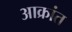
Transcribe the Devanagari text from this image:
अाक्रांत